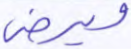
ويرضى